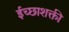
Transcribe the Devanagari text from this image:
ईच्छाशक्ती